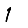
Digit: 1